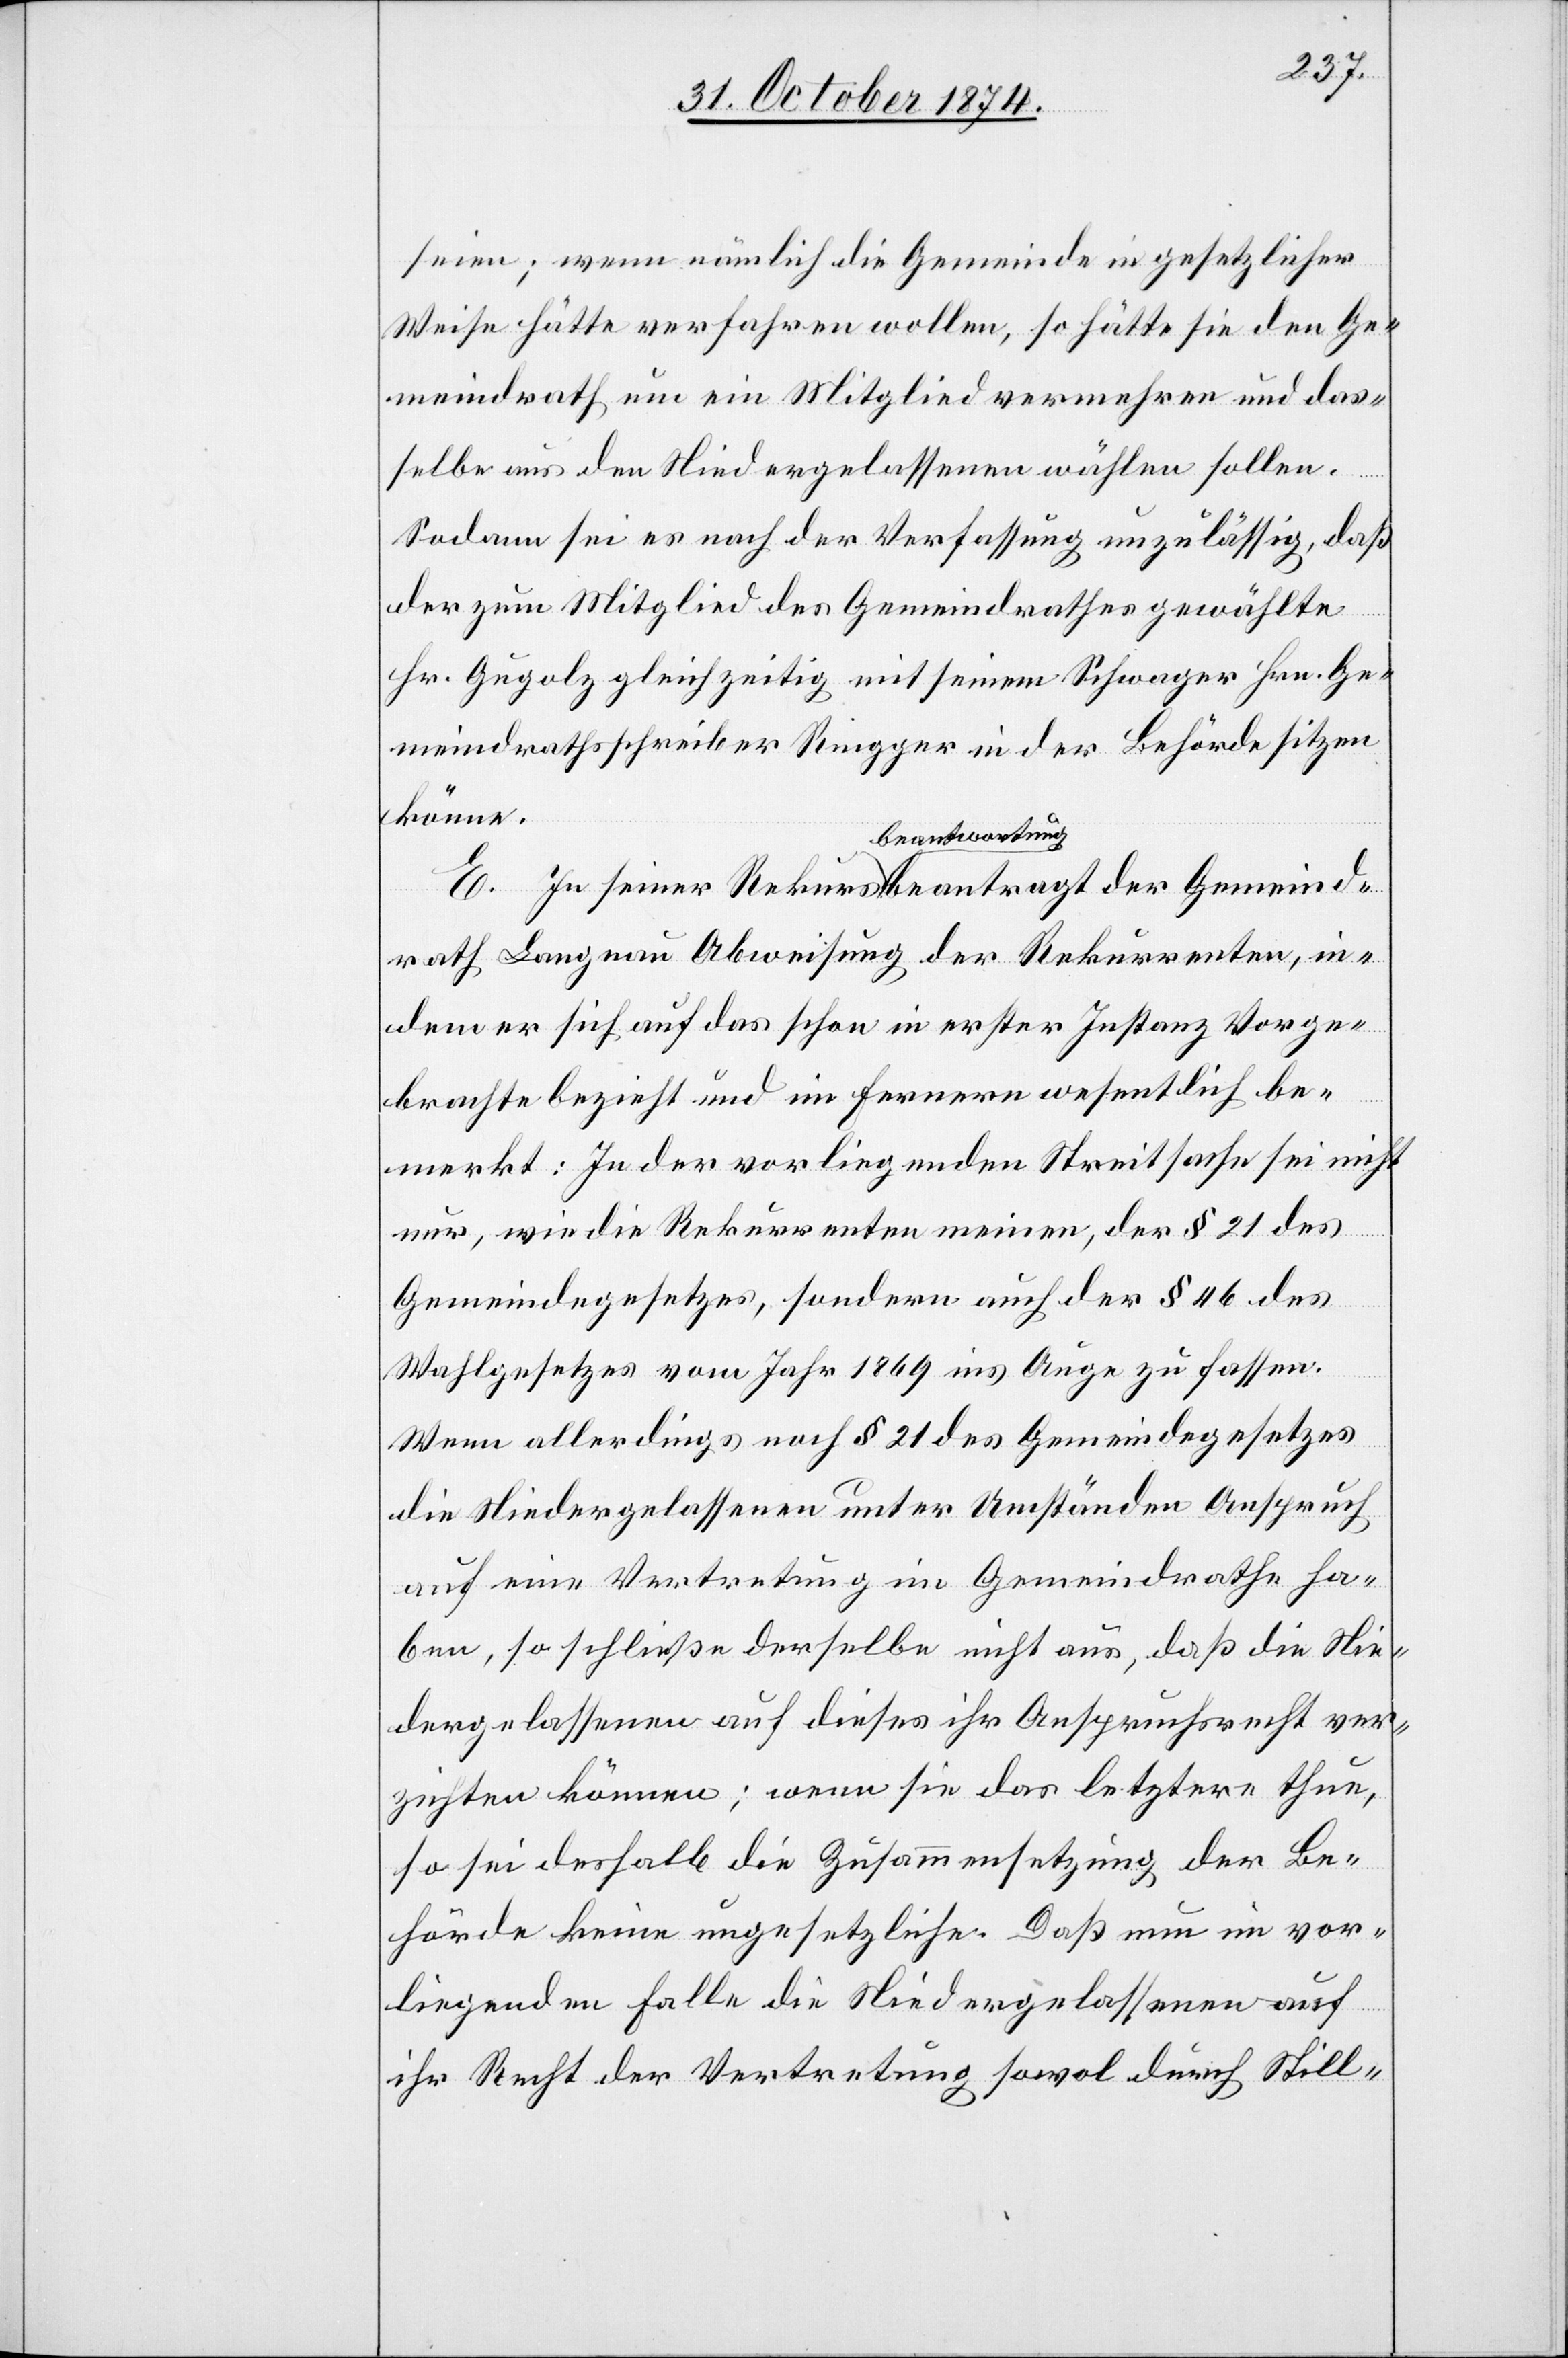
seien; wenn nämlich die Gemeinde in gesetzlicher
Weise hätte verfahren wollen, so hätte sie den Ge¬
meindrath um ein Mitglied vermehren und das¬
selbe aus den Niedergelassenen wählen sollen.
Sodann sei es nach der Verfassung unzulässig, daß
der zum Mitglied des Gemeindrathes gewählte
Hr. Gugolz gleichzeitig mit seinem Schwager Hrn. Ge¬
meindrathsschreiber Ringger in der Behörde sitzen
könne.
eind¬
rath Langnau Abweisung der Rekurrenten, in¬
dem er sich auf das schon in erster Instanz Vorge¬
brachte bezieht und im Fernern wesentlich be¬
merkt: In der vorliegenden Streitsache sei nicht
nur, wie die Rekurrenten meinen, der § 21 des
Gemeindegesetzes, sondern auch der § 46 des
Wahlgesetzes vom Jahr 1869 ins Auge zu fassen.
Wenn allerdings nach § 21 des Gemeindegesetzes
die Niedergelassenen unter Umständen Anspruch
auf eine Vertretung im Gemeindrathe ha¬
ben, so schließe derselbe nicht aus, daß die Nie¬
dergelassenen auf dieses ihr Anspruchsrecht ver¬
zichten können; wenn sie das letztere thun,
so sei deshalb die Zusammensetzung der Be¬
hörde keine ungesetzliche. Daß nun im vor¬
liegenden Falle die Niedergelassenen auf
ihr Recht der Vertretung sowol durch Still-